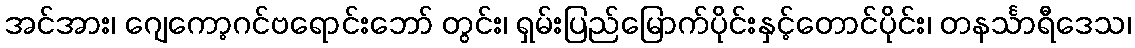
အင်အား၊ ဂျေကော့ဂင်ဗရောင်းဘော် တွင်း၊ ရှမ်းပြည်မြောက်ပိုင်းနှင့်တောင်ပိုင်း၊ တနင်္သာရီဒေသ၊